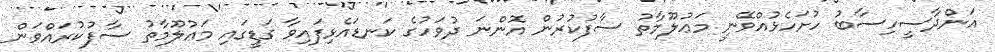
އަންދާސީހިސާބު ހުށަހެޅުއްވޭނީ މަޢުލޫމާތު ސާފުކުރުން އޮންނަ ދުވަހުގެ ކަނޑައެޅިފައިވާ ގަޑީގައި މަޢުލޫމާތު ސާފުކުރައްވަން